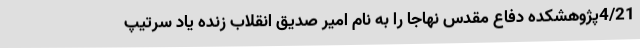
4/21پژوهشکده دفاع مقدس نهاجا را به نام امیر صدیق انقلاب زنده یاد سرتیپ